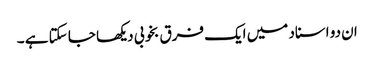
ان دو اسناد میں ایک فرق بخوبی دیکھا جا سکتا ہے ۔